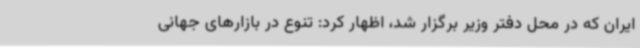
ایران که در محل دفتر وزیر برگزار شد، اظهار کرد: تنوع در بازارهای جهانی